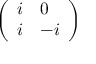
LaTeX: \left( \begin{array} { l l } { i } & { 0 } \\ { i } & { - i } \end{array} \right)